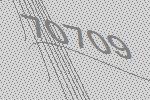
70709